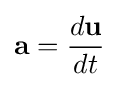
\mathbf {a} ={\frac {d\mathbf {u} }{dt}}